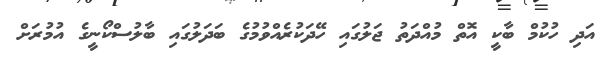
އަދި ހުކުމް ބާކީ އޮތް މުއްދަތު ޖަލުގައި ހޭދަކުރެއްވުމުގެ ބަދަލުގައި ބާލުސްކޯނީގެ އުމުރަށް